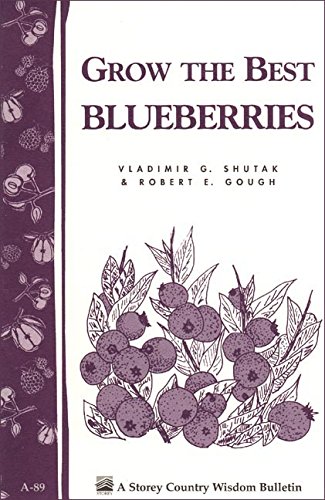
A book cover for Grow the Best Blueberries: Storey's Country Wisdom Bulletin A-89 (Country Wisdom Bulletins, Vol. a-89); Robert E. Gough; Crafts, Hobbies & Home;